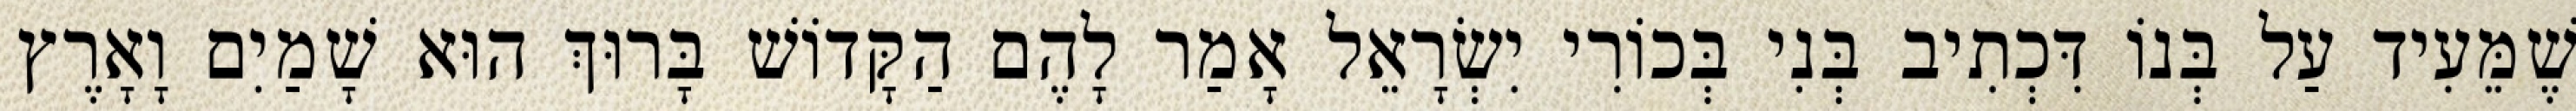
שֶׁמֵּעִיד עַל בְּנוֹ דִּכְתִיב בְּנִי בְּכוֹרִי יִשְׂרָאֵל אָמַר לָהֶם הַקָּדוֹשׁ בָּרוּךְ הוּא שָׁמַיִם וָאָרֶץ